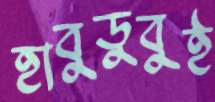
হাবুডুবুই